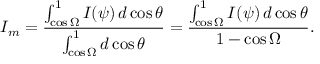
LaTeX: I _ { m } = { \frac { \int _ { \cos \Omega } ^ { 1 } I ( \psi ) \, d \cos \theta } { \int _ { \cos \Omega } ^ { 1 } d \cos \theta } } = { \frac { \int _ { \cos \Omega } ^ { 1 } I ( \psi ) \, d \cos \theta } { 1 - \cos \Omega } } .